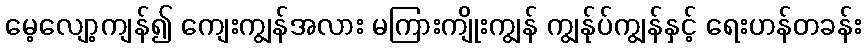
မေ့လျော့ကျန်၍ ကျေးကျွန်အလား မကြားကျိုးကျွန် ကျွန်ုပ်ကျွန်နှင့် ရေးဟန်တခန်း